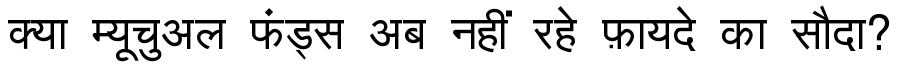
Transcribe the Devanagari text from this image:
क्या म्यूचुअल फंड्स अब नहीं रहे फ़ायदे का सौदा?